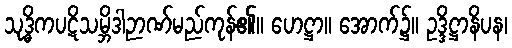
သုဒ္ဓိကပဋိသမ္ဘိဒါဉာဏ်မည်ကုန်၏။ ဟေဋ္ဌာ။ အောက်၌။ ဥဒ္ဒိဋ္ဌာနိပန၊